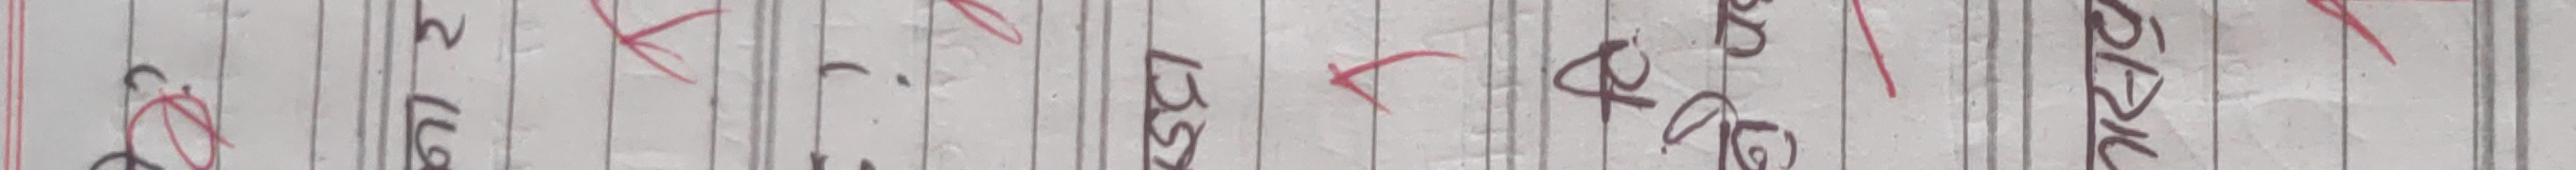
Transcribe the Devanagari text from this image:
९ल्ली २११फ बिस्तर बढले पृष्ठ३ अङ्ग्रे राष्ट्रिय संख्या